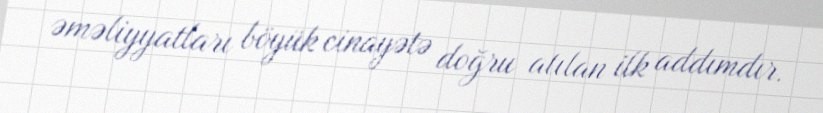
əməliyyatları böyük cinayətə doğru atılan ilk addımdır.